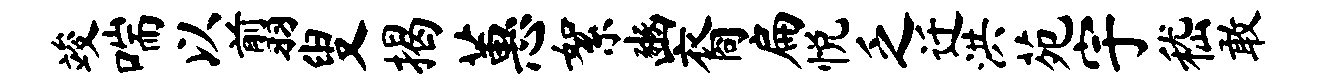
竣喘以翦叟揭蕙絮豳裔扁悦乏迁洪苑宇嵇敢